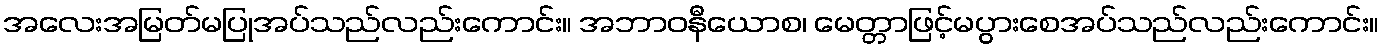
အလေးအမြတ်မပြုအပ်သည်လည်းကောင်း။ အဘာဝနီယောစ၊ မေတ္တာဖြင့်မပွားစေအပ်သည်လည်းကောင်း။